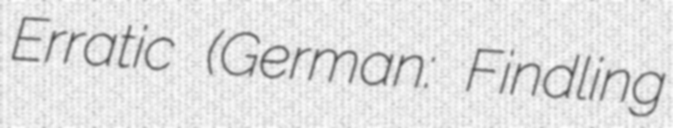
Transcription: Erratic (German: Findling